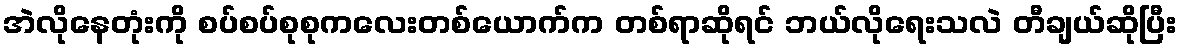
အဲလိုနေတုံးကို စပ်စပ်စုစုကလေးတစ်ယောက်က တစ်ရာဆိုရင် ဘယ်လိုရေးသလဲ တီချယ်ဆိုပြီး